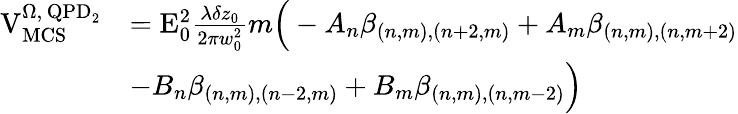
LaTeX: \begin{array}{rl}{\mathrm{V}_{\mathrm{MCS}}^{\Omega,\, \mathrm{QPD}_{2}}}&{=\mathrm{E}_{0}^{2}\frac{\lambda\delta z_{0}}{2\pi w_{0}^{2}}m\Big(-A_{n}\beta_{(n,m),(n+2,m)}+A_{m}\beta_{(n,m),(n,m+2)}}\\ &{-B_{n}\beta_{(n,m),(n-2,m)}+B_{m}\beta_{(n,m),(n,m-2)}\Big)}\end{array}